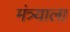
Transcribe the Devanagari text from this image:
मंत्र्याला